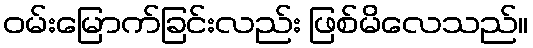
ဝမ်းမြောက်ခြင်းလည်း ဖြစ်မိလေသည်။